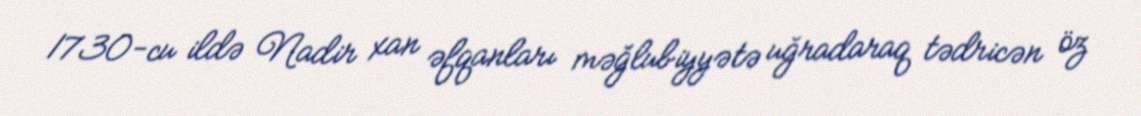
1730-cu ildə Nadir xan əfqanları məğlubiyyətə uğradaraq tədricən öz